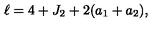
\ell = 4 + J _ { 2 } + 2 ( a _ { 1 } + a _ { 2 } ) ,